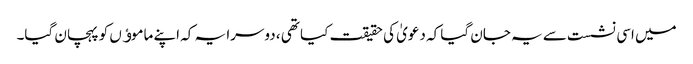
میں اسی نشست سے یہ جان گیا کہ دعویٰ کی حقیقت کیا تھی ، دوسرا یہ کہ اپنے ماموﺅں کو پہچان گیا۔